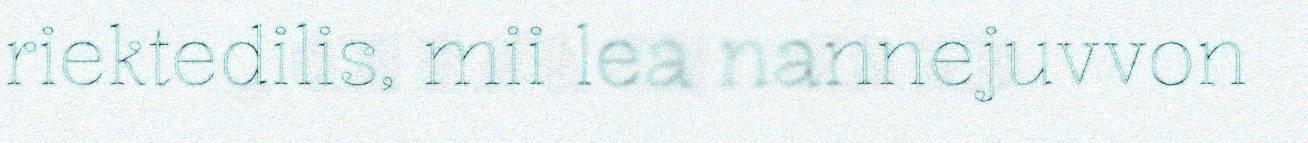
riektedilis, mii lea nannejuvvon